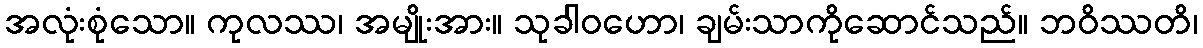
အလုံးစုံသော။ ကုလဿ၊ အမျိုးအား။ သုခါဝဟော၊ ချမ်းသာကိုဆောင်သည်။ ဘဝိဿတိ၊